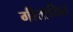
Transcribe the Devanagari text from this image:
गीतायित